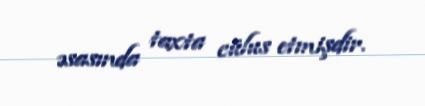
əsasında taxta cülus etmişdir.